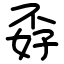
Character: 孬